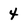
Character: 4